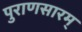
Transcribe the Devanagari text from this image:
पुराणसारम्